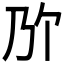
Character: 𫡐